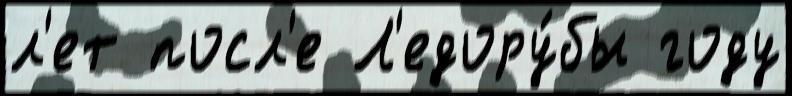
л'ет посл'е Л'едору́бы году